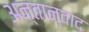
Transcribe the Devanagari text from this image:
अन्तान्वाद